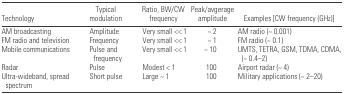
| Technology | Typical modulation | Ratio, BW/CW frequency | Peak/avgerage amplitude | Examples [CW frequency (GHz)] |
 | --- | --- | --- | --- | --- |
 | AM broadcasting | Amplitude | Very small << 1 | ~ 2 | AM radio (~ 0.001) |
 | FM radio and television | Frequency | Very small << 1 | ~ 1 | FM radio (~ 0.1) |
 | Mobile communications | Pulse and frequency | Very small << 1 | ~ 10 | UMTS, TETRA, GSM, TDMA, CDMA, (~ 0.4–2) |
 | Radar | Pulse | Modest < 1 | 100 | Airport radar (~ 4) |
 | Ultra-wideband, spread spectrum | Short pulse | Large ~ 1 | 100 | Military applications (~ 2–20) |